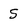
Character: S